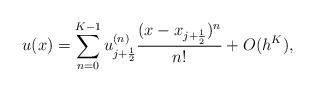
LaTeX: \begin{align*}u(x)=\sum_{n=0}^{K-1}u_{j+\frac{1}{2}}^{(n)}\frac{(x-x_{j+\frac{1}{2}})^n}{n!}+O(h^K),\end{align*}